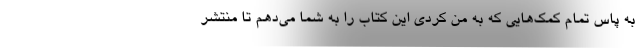
به پاس تمام کمک‌هایی که به من کردی این کتاب را به شما می‌دهم تا منتشر